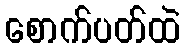
စောက်ပတ်ထဲ